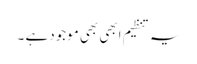
یہ تنظیم ابھی بھی موجود ہے ۔